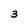
Character: 3